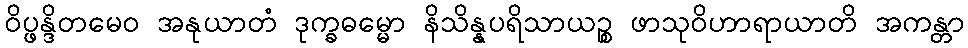
ဝိပ္ဖန္ဒိတမေဝ အနုယာတံ ဒုက္ခဓမ္မော နိသိန္နပရိသာယဉ္စ ဖာသုဝိဟာရာယာတိ အကန္တာ